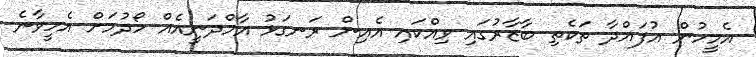
އެމީހުން އުފައްދާ ތަކެތި ބާޒާރުގައި ވިއްކައި އެއިން ރަނގަޅު އާމްދަނީއެއް ހޯދުމަށް އެހީވާނެ